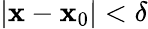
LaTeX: |\mathbf{x}-\mathbf{x}_{0}|<\delta